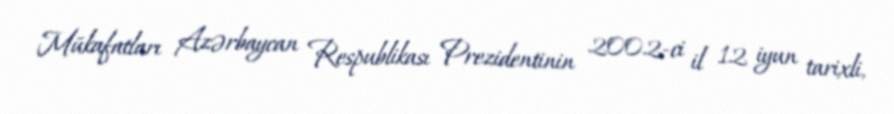
Mükafatları Azərbaycan Respublikası Prezidentinin 2002-ci il 12 iyun tarixli,